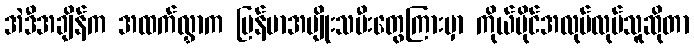
အဲဒီအချိန်က အထက်လွှာက မြန်မာအမျိုးသမီးတွေကြားမှာ ကိုယ်ပိုင်အလုပ်လုပ်သူဆိုတာ